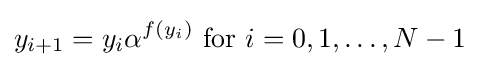
y_{i+1}=y_{i}\alpha ^{f(y_{i})}{\text{ for }}i=0,1,\ldots ,N-1